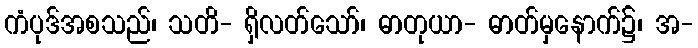
ကံပုဒ်အစသည်၊ သတိ- ရှိလတ်သော်၊ ဓာတုယာ- ဓာတ်မှနောက်၌၊ အ-